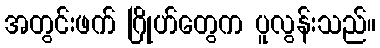
အတွင်းဖက် ဂြိုဟ်တွေက ပူလွန်းသည်။